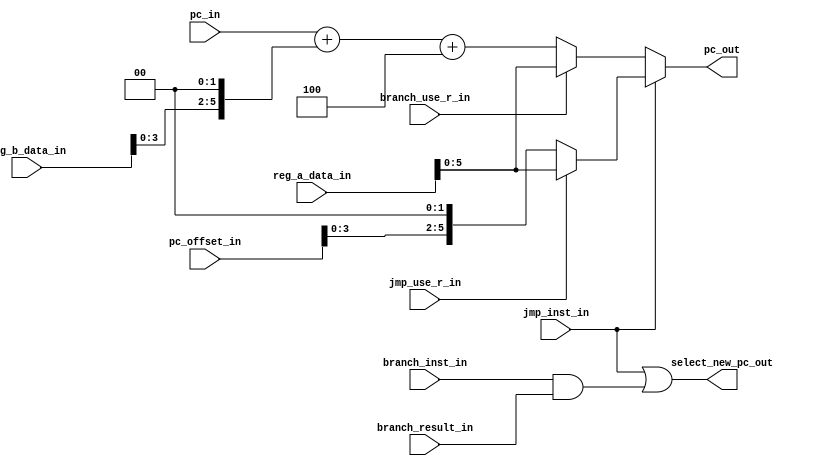
// +----------------------------------------------------------------------------
// GNU General Public License
// -----------------------------------------------------------------------------
// This file is part of uDLX (micro-DeLuX) soft IP-core.
//
// uDLX is free soft IP-core: you can redistribute it and/or modify
// it under the terms of the GNU General Public License as published by
// the Free Software Foundation, either version 3 of the License, or
// (at your option) any later version.
//
// uDLX soft core is distributed in the hope that it will be useful,
// but WITHOUT ANY WARRANTY; without even the implied warranty of
// MERCHANTABILITY or FITNESS FOR A PARTICULAR PURPOSE. See the
// GNU General Public License for more details.
//
// You should have received a copy of the GNU General Public License
// along with uDLX. If not, see <http://www.gnu.org/licenses/>.
// +----------------------------------------------------------------------------
// PROJECT: uDLX core Processor
// ------------------------------------------------------------------------------
// KEYWORDS    : branch control, dlx, execute, jump
// -----------------------------------------------------------------------------
// PURPOSE     : Provide internal branch and jump control.
// -----------------------------------------------------------------------------
module branch_control
#(
   parameter DATA_WIDTH = 32,
   parameter PC_WIDTH = 6,
   parameter PC_OFFSET_WIDTH = 25
)
(
   input jmp_inst_in,
   input jmp_use_r_in,
   input branch_use_r_in,
   input branch_inst_in,
   input branch_result_in,
   input [PC_WIDTH-1:0] pc_in,
   input [DATA_WIDTH-1:0] reg_a_data_in,
   input [DATA_WIDTH-1:0] reg_b_data_in,
   input [PC_OFFSET_WIDTH-1:0] pc_offset_in,

   output select_new_pc_out,
   output [PC_WIDTH-1:0] pc_out

);

   wire [DATA_WIDTH-1:0] jmp_val;
   wire [DATA_WIDTH-1:0] branch_val;
   wire [PC_WIDTH-1:0] pc_jump;

   //assign pc_jump = {pc_in[31:28],pc_offset_in,{2{1'b0}}};
   // como nesta versao PC tem apenas 20 bits
   assign pc_jump = {pc_offset_in,{2{1'b0}}};

   assign select_new_pc_out = jmp_inst_in | (branch_inst_in & branch_result_in);

   assign branch_val = branch_use_r_in? reg_a_data_in : pc_in + ({reg_b_data_in,{2{1'b0}}}) + 4;

   assign jmp_val = jmp_use_r_in ? reg_a_data_in : pc_jump;

   assign pc_out = jmp_inst_in ? jmp_val : branch_val;

endmodule